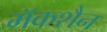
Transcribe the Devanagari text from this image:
मॅकशैन